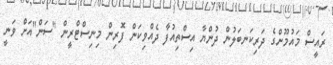
ރައީސް މައުމޫންގެ ދަރިކަނބަލުން ދުންޔާ އިސްތިއުފާ ދެއްވިކަން ފޮރިން މިނިސްޓްރީން "ސަން"އަށް ވަނީ